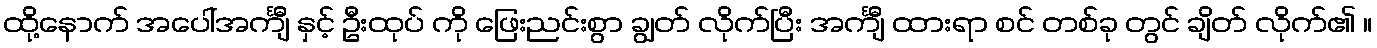
ထို့နောက် အပေါ်အင်္ကျီ နှင့် ဦးထုပ် ကို ဖြေးညင်းစွာ ချွတ် လိုက်ပြီး အင်္ကျီ ထားရာ စင် တစ်ခု တွင် ချိတ် လိုက်၏ ။